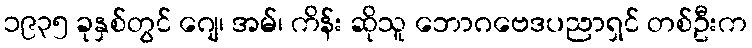
၁၉၃၅ ခုနှစ်တွင် ဂျေ၊ အမ်၊ ကိန်း ဆိုသူ ဘောဂဗေဒပညာရှင် တစ်ဦးက